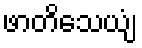
ဖာတိသေယျံ